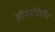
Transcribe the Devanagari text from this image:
सीमाविहीन